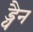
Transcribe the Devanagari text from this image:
ड्वैन